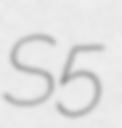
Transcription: S5